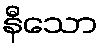
နီသော